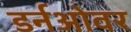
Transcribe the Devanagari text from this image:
डर्नओवर